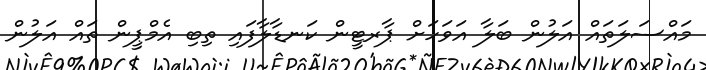
މައްސަލަތައް އަލުން ބަލާ އަވަހަށް ޕާރޓީން ކަނޑާލާފައި ތިބި އެމްޕީން ތައް އަލުން